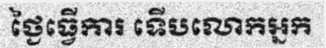
ថ្ងៃធ្វើការ ទើបលោកអ្នក